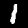
Digit: 1